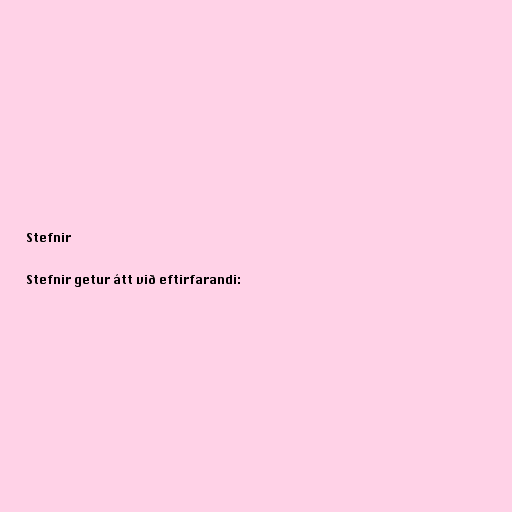
Stefnir

Stefnir getur átt við eftirfarandi: